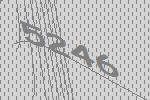
5246